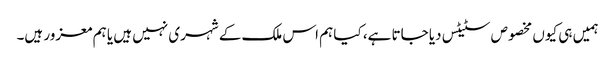
ہمیں ہی کیوں مخصوص سٹیٹس دیا جاتا ہے، کیا ہم اس ملک کے شہری نہیں ہیں یا ہم معزور ہیں۔